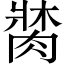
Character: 𦝍